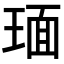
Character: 𬍵